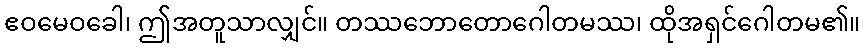
ဧဝမေဝခေါ၊ ဤအတူသာလျှင်။ တဿဘောတောဂေါတမဿ၊ ထိုအရှင်ဂေါတမ၏။